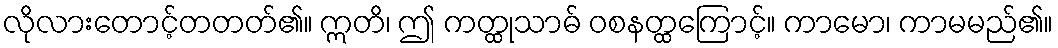
လိုလားတောင့်တတတ်၏။ ဣတိ၊ ဤ ကတ္ထုသာဓ် ဝစနတ္ထကြောင့်။ ကာမော၊ ကာမမည်၏။